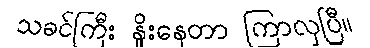
သခင်ကြီး နှိုးနေတာ ကြာလှပြီ။